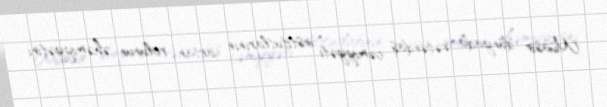
Müasir dünyada vətəndaş cəmiyyəti institutlarının artan rolunun əhəmiyyətini